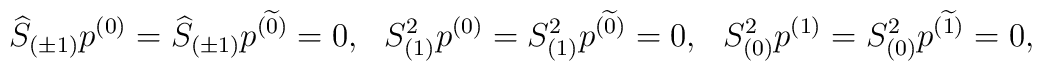
\widehat{S}_{(\pm 1)}p^{( 0)}=\widehat{S}_{(\pm1)}p^{(\widetilde{0})}=0 ,~~S_{(1)}^2 p^{(0)}=S_{(1)}^2p^{(\widetilde{0})}=0 ,~~S_{(0)}^2 p^{(1)}=S_{(0)}^2p^{(\widetilde{1})}=0 ,